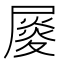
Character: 𡳉